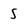
Character: 5